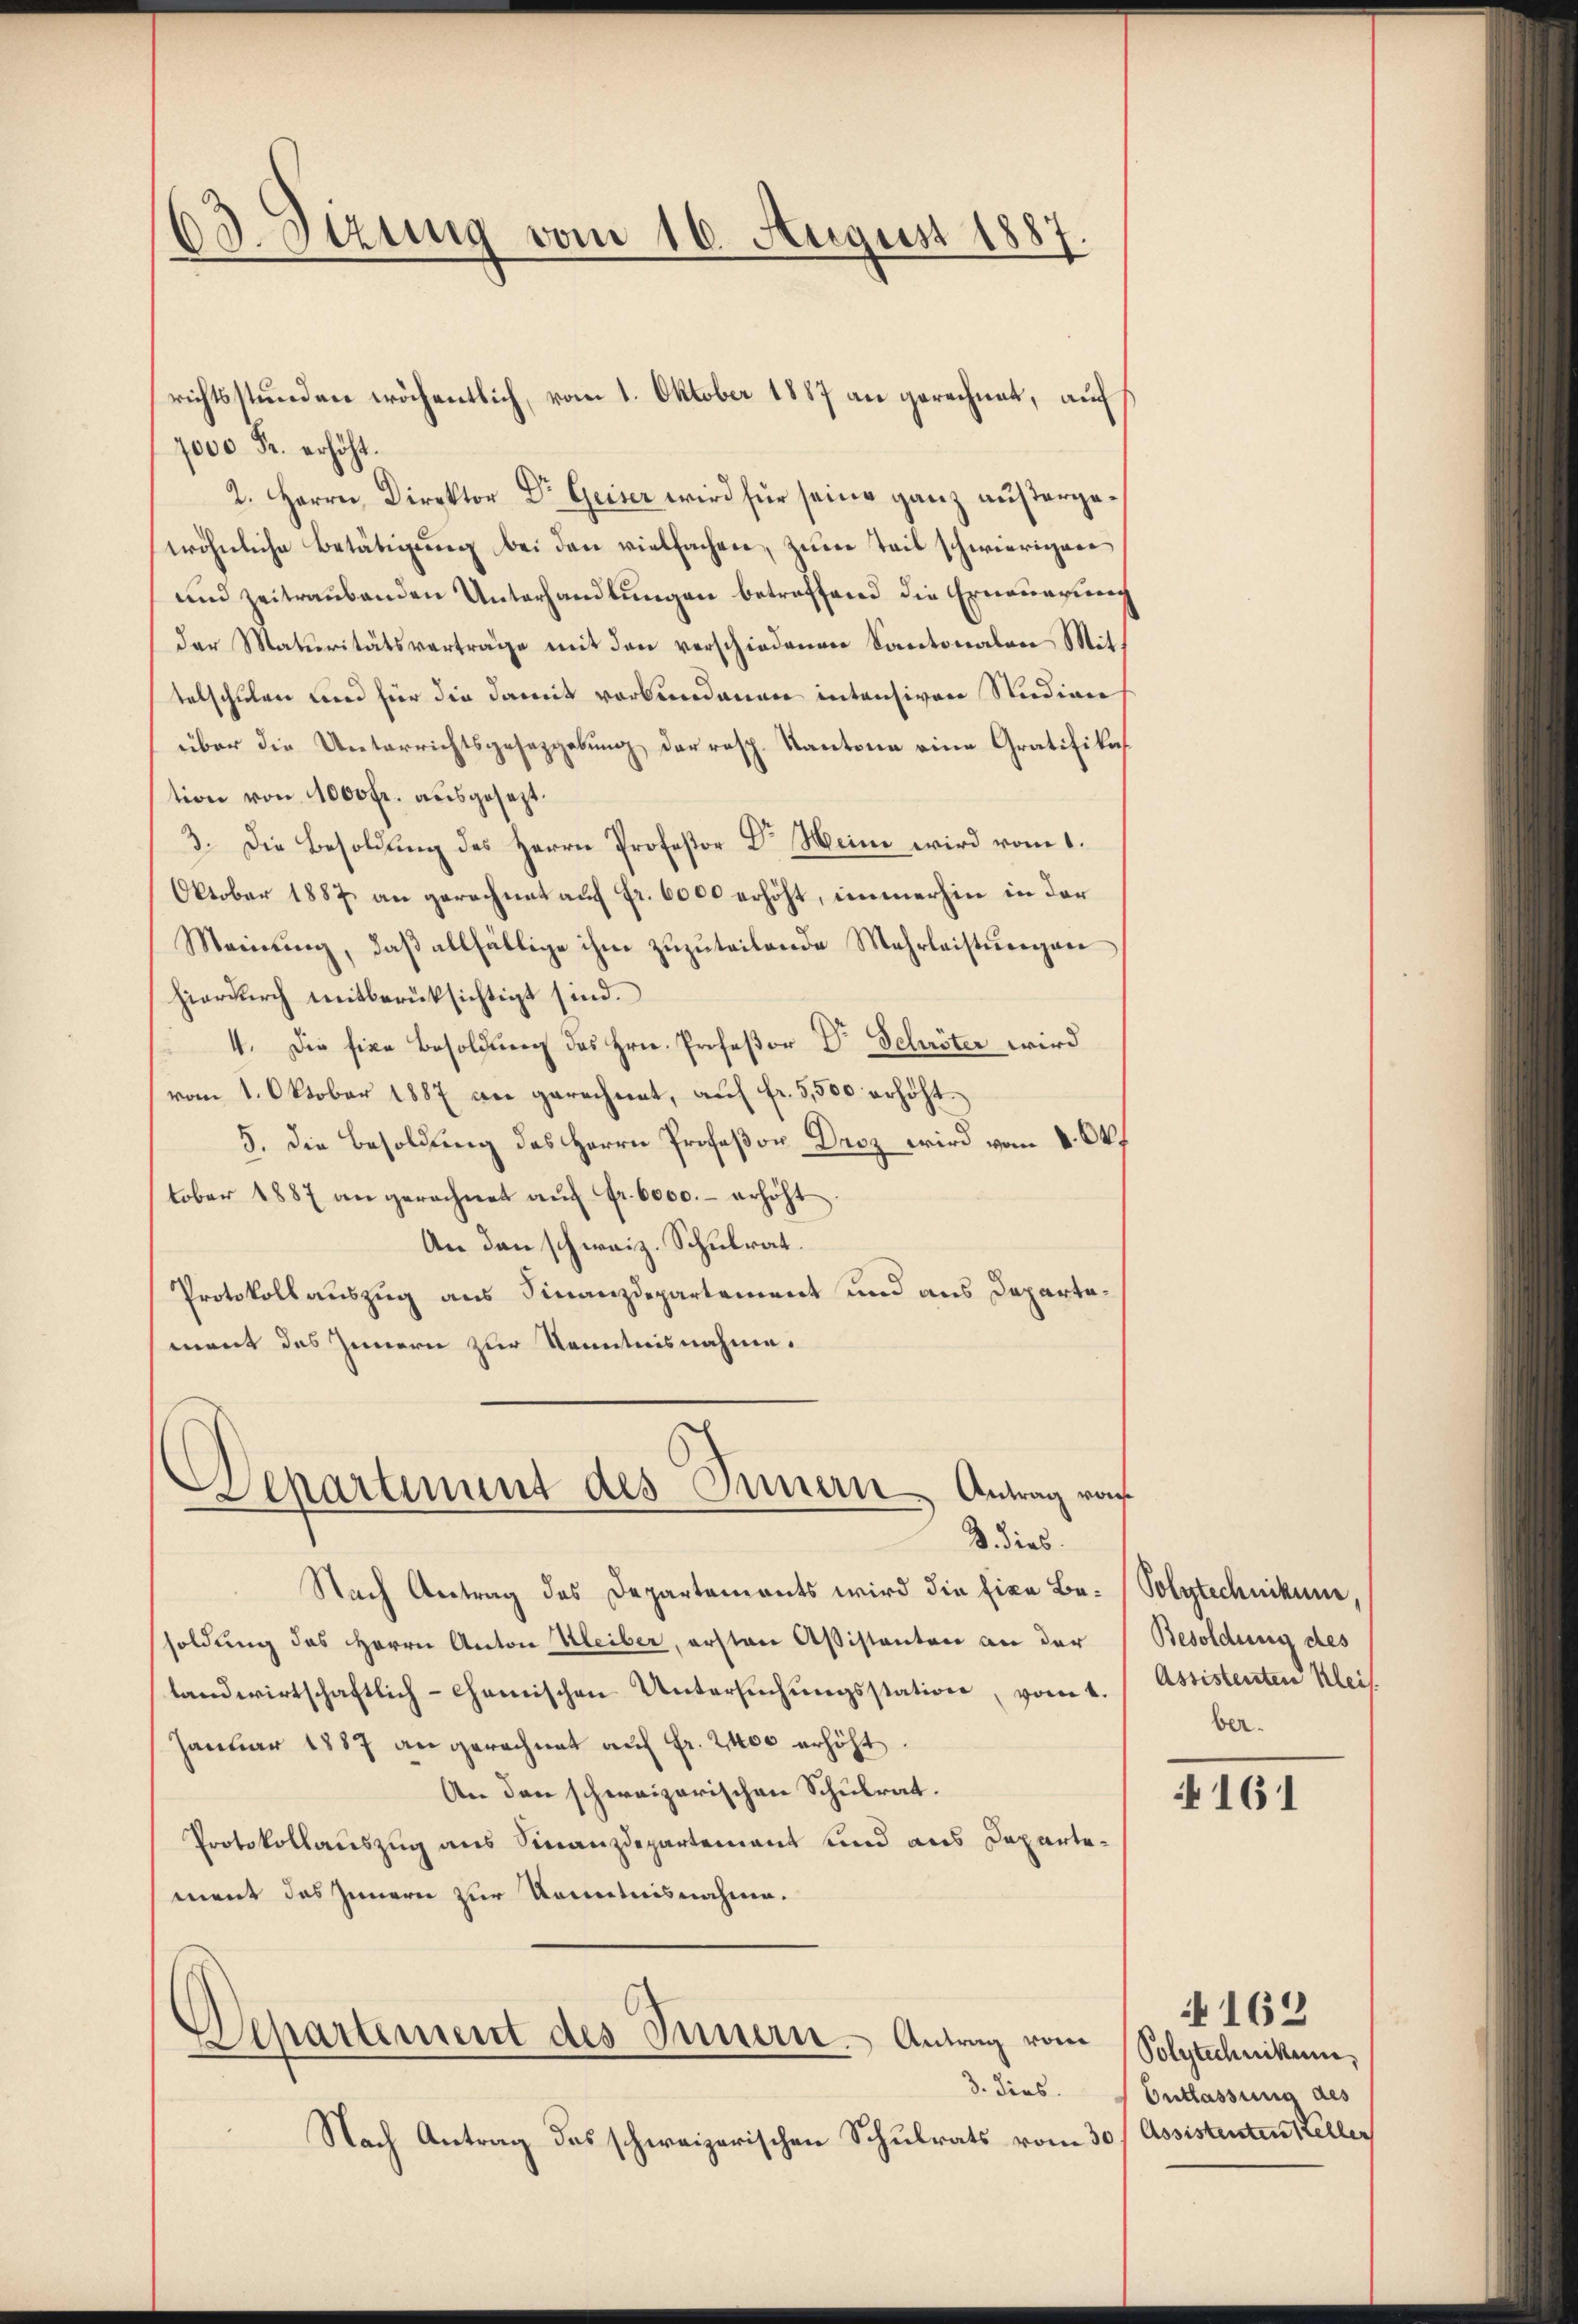
63. Setzung vom 16. August 1887

1000 Fr. erhöht.
2. Herrn Direktor Dr. Geiser wird für seine ganz außergewöhnliche Betätigŭng bei den vielfachen, zum Teil schwierigen
und zeitraubenden Unterhandlungen betreffend die Erneuerung
der Maturitätsverträge mit den verschiedenen Kantonalen Mittelschulen und für die damit verbundenen intensiven Studien
über die Unterrichtsgesetzgebung der resp. Kantone eine Gratifikat
tion von 1000fr. ausgesezt.
3. Die Besoldung des Herrn Professor Dr Meine wird vom 1.
Oktober 1887 an gerechnet auf Fr. 6000 erhöht, immerhin in der
Meinung, daβ allfällige ihm zuzuteilende Mehrleistungen
hierdurch mitberücksichtigt sind.
4. Die fixe Besoldung des Hrn. Profeßor Dr Schröter wird
vom 1. Oktober 1887 an gerechnet, aŭf fr. 5,500 erhöht.
5. Die Besoldung des Herrn Profeßor Droz wird vom 8. Okt
tober 1887 angerechnet auf Fr. 6000.- erhöht
An den schweiz. Schulrat.
Protokollauszug aus Finanzdepartement und aus Departement des Innern zur Kenntnisnahme.

richtsstunden wöchentlich, vom 1. Oktober 1887 an gerechnet, auf s

Departiment des Innern Antrag von
3 dies

Nach Antrag des Departements wird die fixe Be- (Polytechnikum,
soldung des Herrn Anton Kleiber, ersten Assistanten an der Besoldung des
landwirtschaftlich- chemischen Untersŭchŭngsstation, vom 1. / Assistenten Klei
Januar 1887 angerechnet auf Fr. 2400 erhöht
An den schweizerischen Schulrat.
Protokollauszug aus Finanzdepartement und aus Departement das Innern zur Kenntnisnahme.

Departement des Innern. Antrag vom

3. dies.
Nach Antrag des schweizerischen Schulrats vom 30/ Assistenten Keller

ber.

161

Polytechnikum,
Entlassung des

162